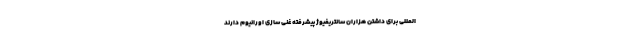
المللی برای داشتن هزاران سانتریفیوژ پیشرفته غنی سازی اورانیوم دارند